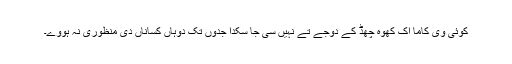
کوئی وی کاما اک کُھوہ چھڈ کے دُوجے تے نہیں سی جا سکدا جدوں تک دوہاں کساناں دی منظوری نہ ہووے۔